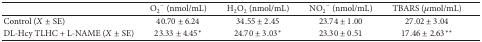
<table><thead><tr><td><b> </b></td><td><b>O<sub>2</sub><sup>−</sup> (nmol/mL)</b></td><td><b>H<sub>2</sub>O<sub>2</sub> (nmol/mL)</b></td><td><b>NO<sub>2</sub><sup>−</sup> (nmol/mL)</b></td><td><b>TBARS (<i>μ</i>mol/mL)</b></td></tr></thead><tbody><tr><td>Control (<i>X</i> ± SE)</td><td>40.70 ± 6.24</td><td>34.55 ± 2.45</td><td>23.74 ± 1.00</td><td>27.02 ± 3.04</td></tr><tr><td>DL-Hcy TLHC + L-NAME (<i>X</i> ± SE)</td><td>23.33 ± 4.45*</td><td>24.70 ± 3.03*</td><td>23.30 ± 0.51</td><td>17.46 ± 2.63**</td></tr></tbody></table>